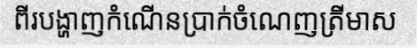
ពីរបង្ហាញកំណើនប្រាក់ចំណេញត្រីមាស